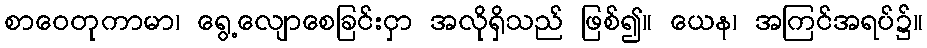
စာဝေတုကာမာ၊ ရွေ့လျောစေခြင်းငှာ အလိုရှိသည် ဖြစ်၍။ ယေန၊ အကြင်အရပ်၌။